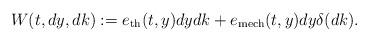
LaTeX: \begin{align*} W(t,dy,dk):=e_{\rm th}(t,y)dydk+e_{\rm mech}(t,y)dy\delta(dk).\end{align*}